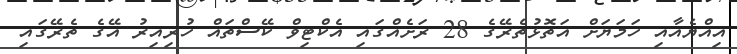
އިއްޔެއާއި ހަމަޔަށް އަތޮޅުތެރޭގެ 28 ރަށެއްގައި އެކްޓިވް ކޭސްތައް ހުރިއިރު އޭގެ ތެރޭގައި